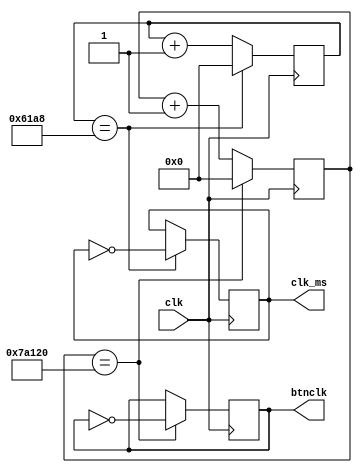
 `timescale 1ns / 1ps

 
 //////////////////////////////////////////////////////////////////////////////////
 // Company: 
 // Engineer: 
 // 
 // Design Name: 
 // Module Name: v1
 // Project Name: 
 // Target Devices: 
 // Tool Versions: 
 // Description: 
 // 
 // Dependencies: 
 // 
 // Revision:
 // Revision 0.01 - File Created
 // Additional Comments:
 // 
 //////////////////////////////////////////////////////////////////////////////////
 
module divclk(
     clk,clk_ms,btnclk
  );
 input clk;
 output clk_ms,btnclk;
     reg[31:0] cnt1 = 0;             
     reg[31:0] btnclk_cnt = 0;
     reg clk_ms = 0;
     reg btnclk = 0;
          
     always@(posedge clk) // 50M/1000=50000 1000HZ
     begin
         if(cnt1==26'd25000)
         begin
             clk_ms =~ clk_ms;
             cnt1 = 0;
         end
         else
         begin
              cnt1 = cnt1+1'b1;
         end
     end
     always@(posedge clk) //20MS 50M/50=1000000 50HZ
     begin
         if(btnclk_cnt==500000)
         begin
             btnclk =~ btnclk;
             btnclk_cnt = 0;
         end
         else
         begin
              btnclk_cnt = btnclk_cnt+1'b1;
         end
     end
 
 endmodule